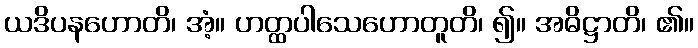
ယဒိပနဟောတိ၊ အံ့။ ဟတ္ထပါသေဟောတူတိ၊ ၍။ အဓိဋ္ဌာတိ၊ ၏။